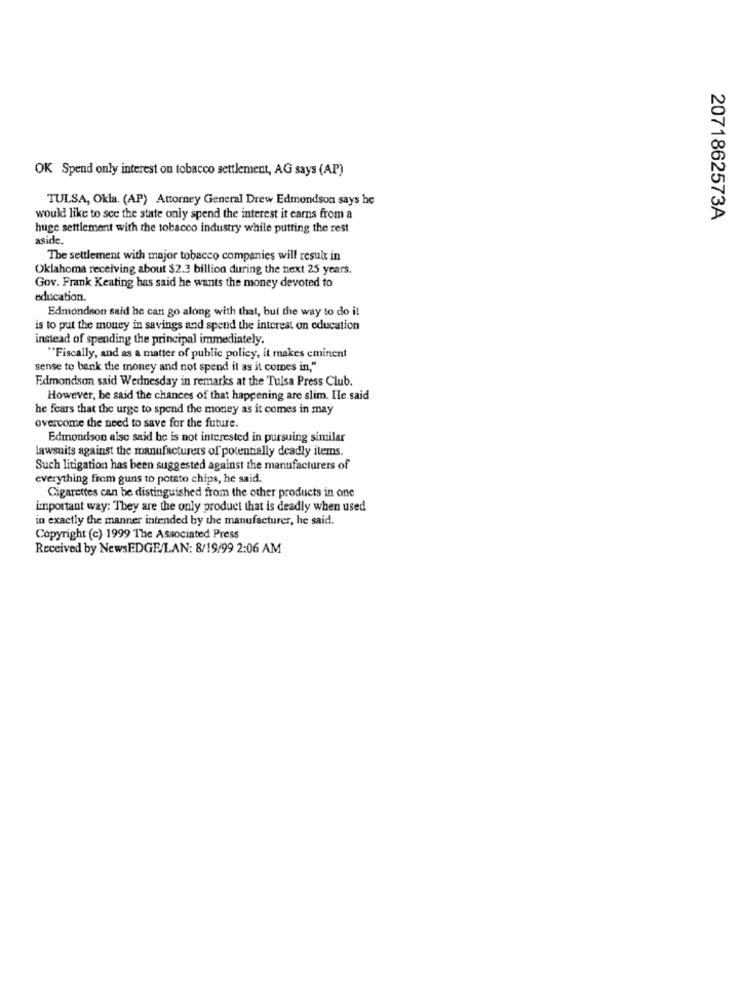
OK Spend only interest on tobacco settlement, AG says (AP)
TULSA, Okla. (AP) Attorney General Drew Edmondson says he
would like to see the state only spend the interest it earns from a
2071862573A
huge settlement with the tobacco industry while putting the rest
aside.
The settlement with major tobacco companies will result in
Oklahoma receiving about $2.3 billion during the next 25 years.
Gov. Frank Keating has said he wants the money devoted to
education.
Edmondson said he can go along with that, but the way to do it
is to put the money in savings and spend the interest on education
instead of spending the principal immediately.
"Fiscally, and as a matter of public policy, it makes eminent
sense to bank the money and not spend il as it comes in,"
Edmondson said Wednesday in remarks at the Tulsa Press Club.
However, be said the chances of that happening are slim. Ile said
he fears that the urge to spend the money as it comes in may
overcome the need to save for the future.
Edmondson also said he is not interested in pursuing similar
lawsuits against the manufacturers of potentially deadly items.
Such litigation has been suggested against the manufacturers of
everything from guns to potato chips, he said.
Cigarettes can be distinguished from the other products in one
important way: They are the only product that is deadly when used
in exactly the manner intended by the manufacturer, he said.
Copyright (c) 1999 The Associated Press
Received by NewsEDGE/LAN: 8/19/99 2:06 AM